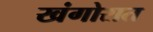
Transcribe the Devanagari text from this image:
खंगोरात